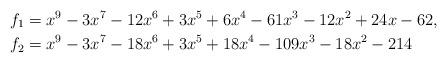
LaTeX: \begin{align*}f_1 &= x^9 - 3 x^7 - 12 x^6 + 3 x^5 + 6 x^4 - 61 x^3 - 12 x^2 + 24 x - 62,\\f_2 &= x^9 - 3 x^7 - 18 x^6 + 3 x^5 + 18 x^4 - 109 x^3 - 18 x^2 - 214\end{align*}